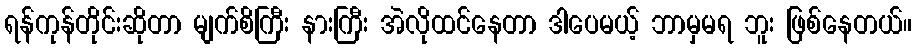
ရန်ကုန်တိုင်းဆိုတာ မျက်စိကြီး နားကြီး အဲလိုထင်နေတာ ဒါပေမယ့် ဘာမှမရ ဘူး ဖြစ်နေတယ်။